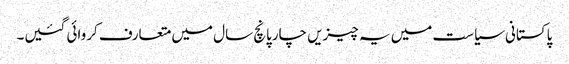
پاکستانی سیاست میں یہ چیزیں چارپانچ سال میں متعارف کروائی گئیں۔